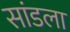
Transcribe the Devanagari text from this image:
सांडला